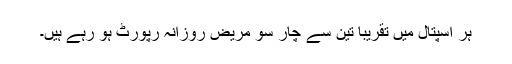
ہر اسپتال میں تقریبا تین سے چار سو مریض روزانہ رپورٹ ہو رہے ہیں۔